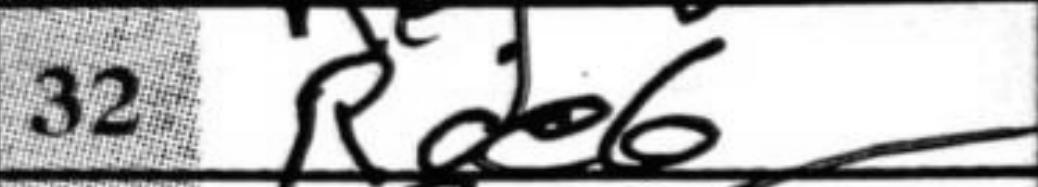
Transcription: Rde6